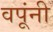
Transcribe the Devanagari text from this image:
वपूंनी